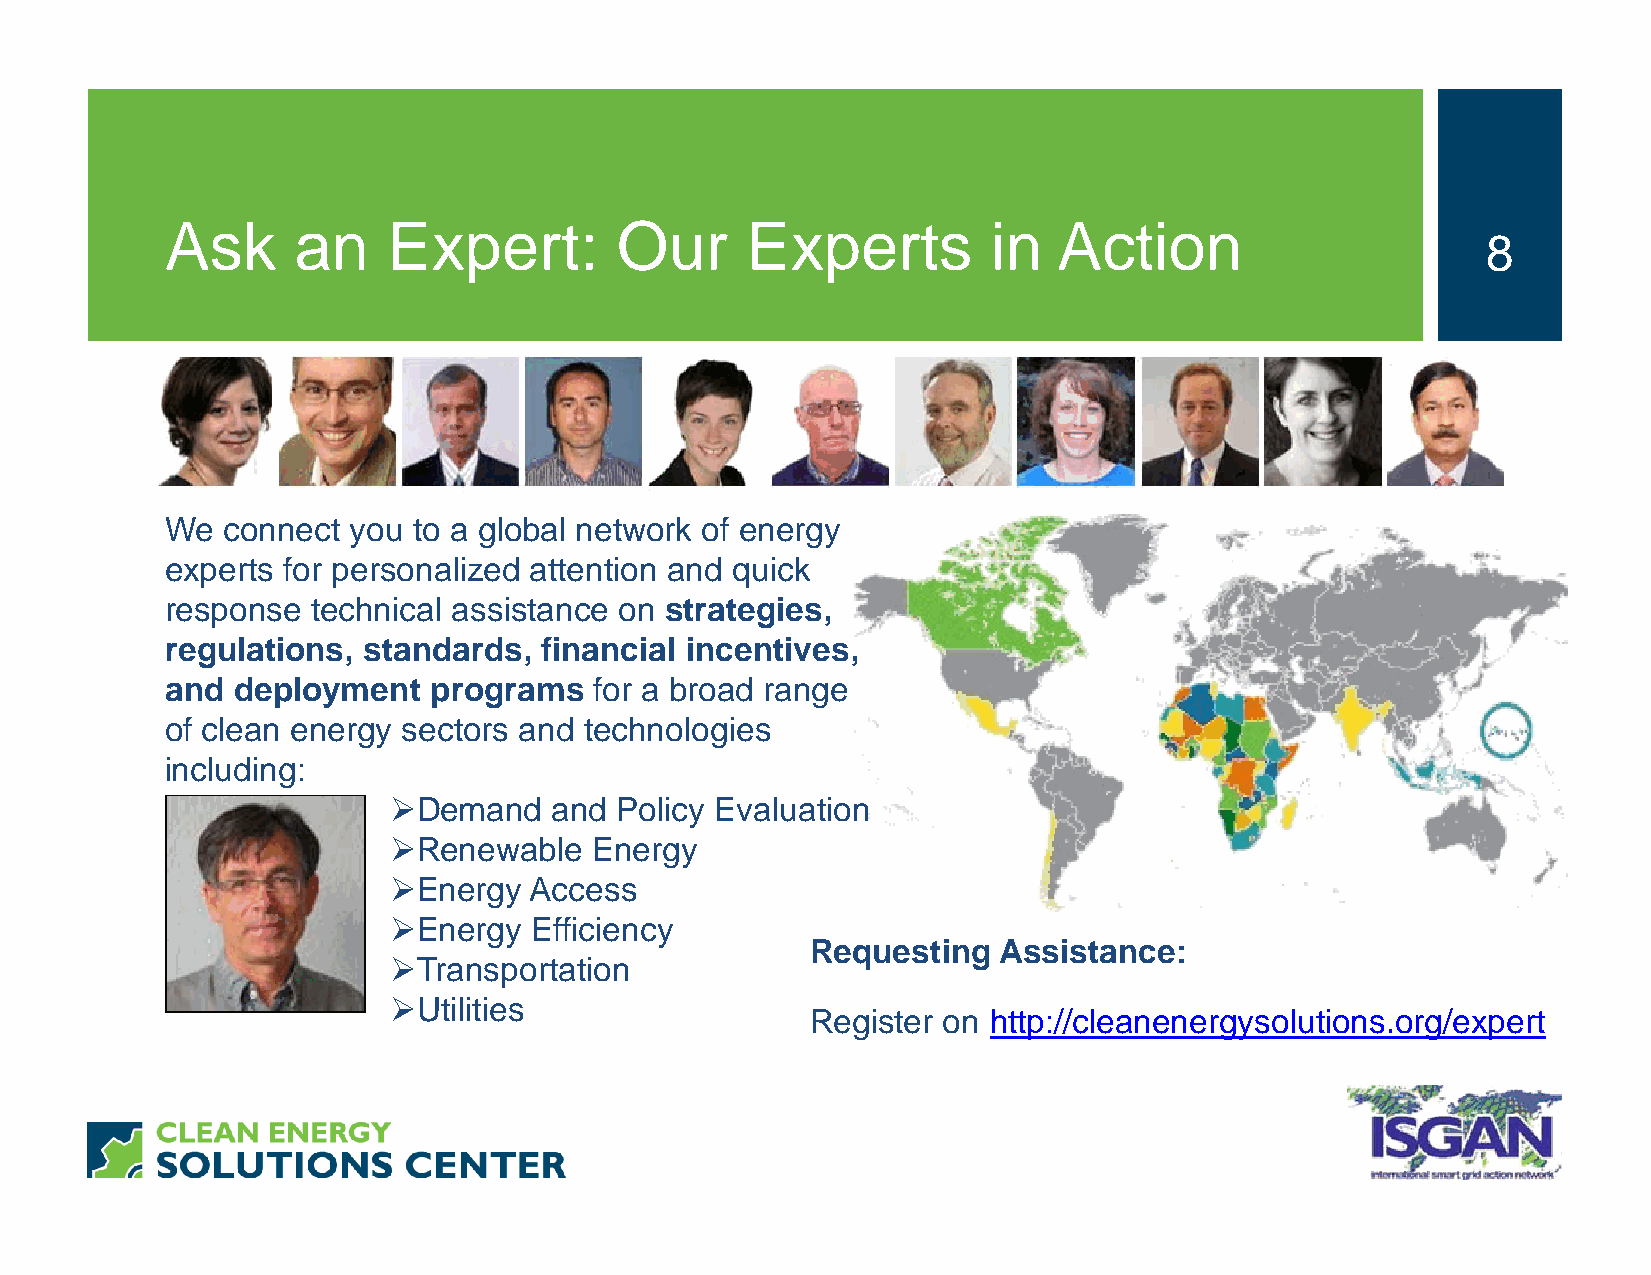
Ask     an     Expert:        Our     Experts          in  Action
 8
 We  connect you to a global network of energy
 experts for personalized attention and quick
 response  technical assistance on strategies,
 regulations, standards,  financial incentives,
 and deployment   programs   for a broad range
 of clean energy sectors and technologies
 including:
 Demand    and Policy Evaluation
 Renewable   Energy
 Energy  Access
 Energy  Efficiency
 Requesting  Assistance:
 Transportation
 Utilities
 Register on http://cleanenergysolutions.org/expert